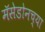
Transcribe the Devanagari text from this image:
मॅसेडोनच्या